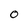
Character: 0